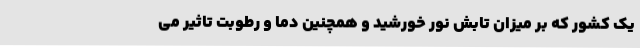
یک کشور که بر میزان تابش نور خورشید و همچنین دما و رطوبت تاثیر می